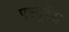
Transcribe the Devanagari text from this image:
एश्यूरेंस